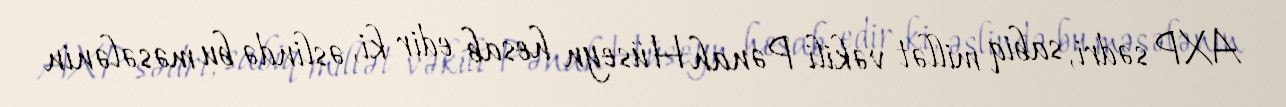
AXP sədri, sabiq millət vəkili Pənah Hüseyn hesab edir ki, əslində bu məsələnin